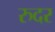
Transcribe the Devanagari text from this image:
रुदर